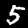
Label: 5